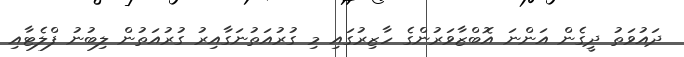
ދައުވަތު ދީގެން އަންނަ އޮބްޒާވަރުންގެ ހާޒިރުގައި މި ގުރުއަތުނަގާއިރު ގުރުއަތުން ލިބުނު ފްލެޓާއި